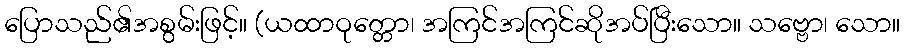
ပြောသည်၏အစွမ်းဖြင့်။ (ယထာဝုတ္တော၊ အကြင်အကြင်ဆိုအပ်ပြီးသော။ သဗ္ဗော၊ သော။